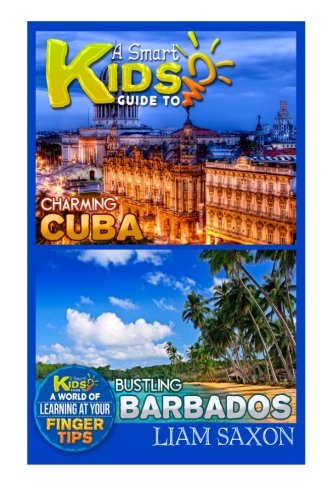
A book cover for A Smart Kids Guide To CHARMING CUBA AND BUSTLING BARBADOS: A World Of Learning At Your Fingertips; Liam Saxon; Travel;